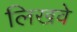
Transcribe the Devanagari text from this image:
लिखवे